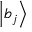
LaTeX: \left| b _ { j } \right\rangle